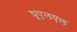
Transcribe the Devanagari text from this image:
यूएलएल